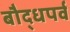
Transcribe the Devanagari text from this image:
बौद्धपर्व